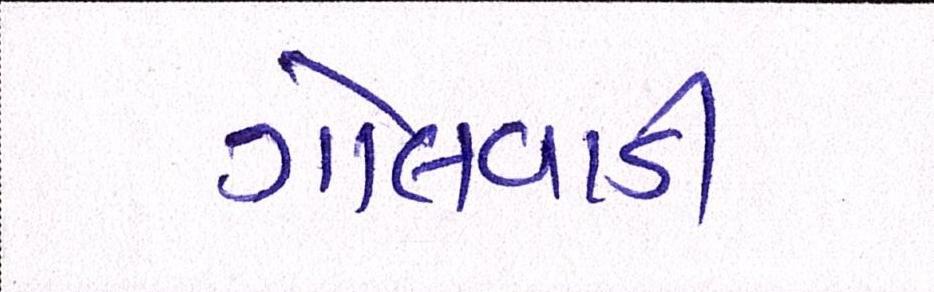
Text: ગોલવાડી